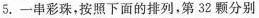
5.一串彩珠，按照下面的排列，第32颗分别